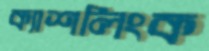
ক্যাশলিংক